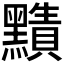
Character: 𪒦